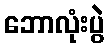
ဘောလုံးပွဲ